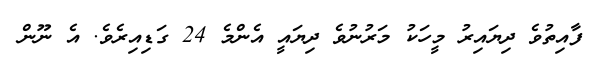
ފާއިތުވެ ދިޔައިރު މީހަކު މަރުނުވެ ދިޔައީ އެންމެ 24 ގަޑިއިރެވެ. އެ ނޫން